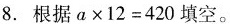
8.根据$$a\times1 2 = 4 2 0$$填空。